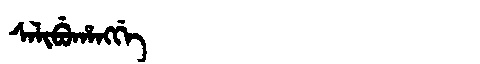
Manchu: ᠰᠠᠯᡳᠪᡠᡥᠠᠩᡤᡝ
Romanization: SALIBUHANGGE